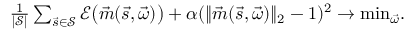
\begin{array} { r } { \frac { 1 } { | \mathcal { S } | } \sum _ { \vec { s } \in \mathcal { S } } \mathcal { E } \big ( \vec { m } ( \vec { s } , \vec { \omega } ) \big ) + \alpha ( \| \vec { m } ( \vec { s } , \vec { \omega } ) \| _ { 2 } - 1 ) ^ { 2 } \rightarrow \mathrm { m i n } _ { \vec { \omega } } . } \end{array}